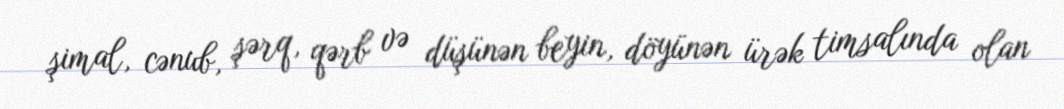
şimal, cənub, şərq, qərb və düşünən beyin, döyünən ürək timsalında olan